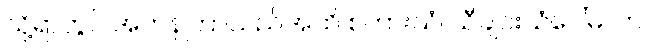
သို့ရာတွင် အတန်ကြာသည်အထိ စကားသံ၊ သီချင်းသံပေါ်မလာ။